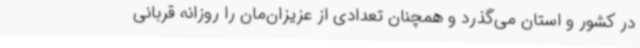
در کشور و استان می‌گذرد و همچنان تعدادی از عزیزان‌مان را روزانه قربانی